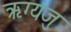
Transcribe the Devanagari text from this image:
ऋग्यजु